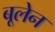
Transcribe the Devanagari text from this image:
बूलेन